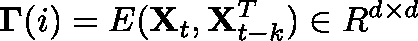
\mathbf { \Gamma } ( i ) = \mathbb { E } ( \mathbf { X } _ { t } , \mathbf { X } _ { t - k } ^ { T } ) \in \mathbb { R } ^ { d \times d }